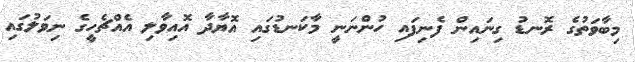
މިބާވަތުގެ ރޮނޑު ގިނައިން ފެނިފައި ހުންނަނީ މާކަނޑުގައި އޮޔާދާ އޮއިވާލި އެއްޗެހީގެ ނިވަލުގައި